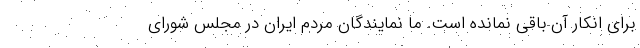
برای انکار آن باقی نمانده است. ما نمایندگان مردم ایران در مجلس شورای